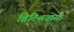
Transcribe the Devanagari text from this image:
ब्रिटिशवासी